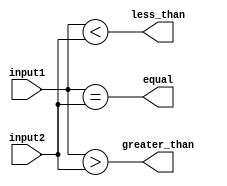
module comparator (
    input [7:0] input1,
    input [7:0] input2,
    output equal,
    output less_than,
    output greater_than
);

assign equal = (input1 == input2);
assign less_than = (input1 < input2);
assign greater_than = (input1 > input2);

endmodule